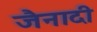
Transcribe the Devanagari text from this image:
जैनादी